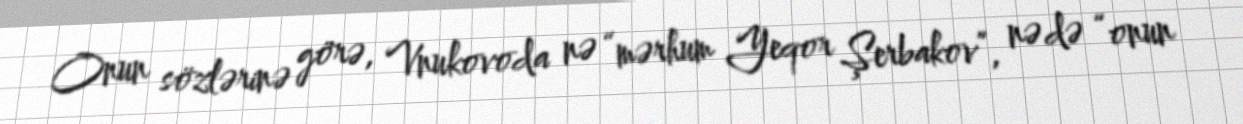
Onun sözlərinə görə, Vnukovoda nə “mərhum Yeqor Şerbakov”, nə də “onun